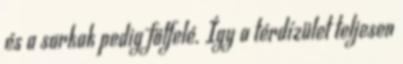
és a sarkak pedig fölfelé. Így a térdízület teljesen